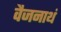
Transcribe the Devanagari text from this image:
वैजनाथं